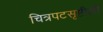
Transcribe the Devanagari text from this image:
चित्रपटसृष्टीली